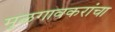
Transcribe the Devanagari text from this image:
मुळगावकरांचा